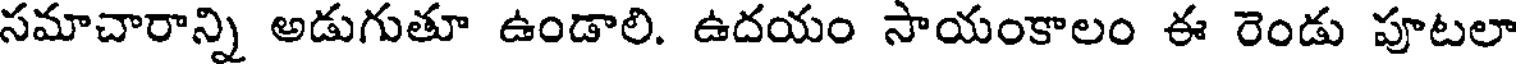
సమాచారాన్ని అడుగుతూ ఉండాలి. ఉదయం సాయంకాలం ఈ రెండు పూటలా